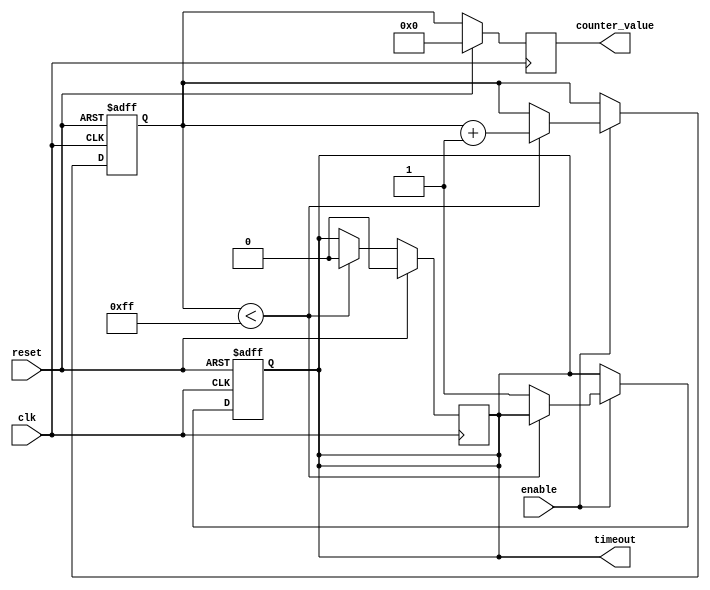
module MemoryBlocksTimeoutCounter #(
    parameter N = 8,               // Bit width of the counter
    parameter TIMEOUT_THRESHOLD = 255 // Time-out threshold value
)(
    input wire clk,                // Clock signal
    input wire reset,              // Asynchronous reset signal
    input wire enable,             // Enable signal to start counting
    output reg timeout,            // Time-out signal
    output reg [N-1:0] counter_value // Current counter value (for debugging)
);

    // Internal counter register
    reg [N-1:0] counter;

    // Always block for synchronous operations
    always @(posedge clk or posedge reset) begin
        if (reset) begin
            // Reset the counter and timeout signal
            counter <= 0;
            timeout <= 0;
        end else if (enable) begin
            // Increment the counter if enabled
            if (counter < TIMEOUT_THRESHOLD) begin
                counter <= counter + 1;
            end else begin
                // If counter reaches the threshold, assert timeout
                timeout <= 1;
            end
        end
    end

    // Always block to manage timeout signal and counter_value output
    always @(posedge clk) begin
        if (reset) begin
            timeout <= 0; // Ensure timeout is low on reset
            counter_value <= 0; // Reset counter value
        end else begin
            // Update counter_value output
            counter_value <= counter;

            // Check if timeout should be deasserted
            if (counter < TIMEOUT_THRESHOLD) begin
                timeout <= 0; // Deassert timeout if counter is below threshold
            end
        end
    end

endmodule